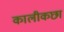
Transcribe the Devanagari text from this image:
कालीकछा